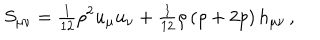
LaTeX: S _ { \mu \nu } = { \textstyle { \frac { 1 } { 1 2 } } } \rho ^ { 2 } u _ { \mu } u _ { \nu } + { \textstyle { \frac { 1 } { 1 2 } } } \rho \left( \rho + 2 p \right) h _ { \mu \nu } \, ,